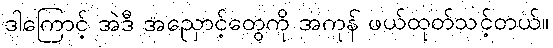
ဒါကြောင့် အဲဒီ အညှောင့်တွေကို အကုန် ဖယ်ထုတ်သင့်တယ်။